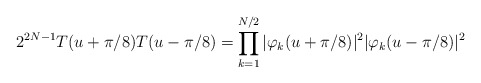
\begin{align*}2^{2N-1} T(u+\pi/8)T(u-\pi/8)=\prod_{k=1}^{N/2}|\varphi_k(u+\pi/8)|^2|\varphi_k(u-\pi/8)|^2\end{align*}